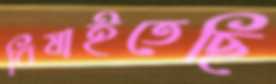
বিষাইতেছি